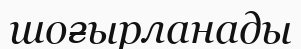
шоғырланады